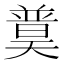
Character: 𡚈